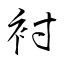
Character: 衬